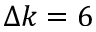
\Delta k = 6